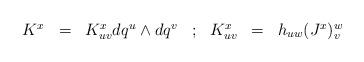
LaTeX: \begin{align*}\begin{array}{ccccccc}K^x& = &K^x_{u v} d q^u \wedge d q^v & ; &K^x_{uv} &=& h_{uw} (J^x)^w_v \cr\end{array}\end{align*}